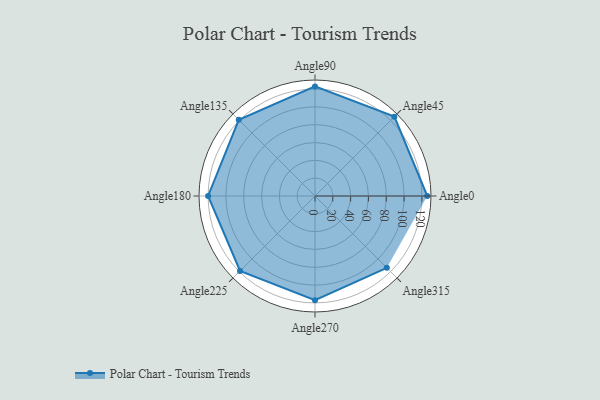
{"axis": {"x": "Angle", "y": "Radius"}, "legend": [""], "data": [{"x": "Angle0", "y": 126.0, "type": ""}, {"x": "Angle45", "y": 126.0, "type": ""}, {"x": "Angle90", "y": 123.0, "type": ""}, {"x": "Angle135", "y": 121.0, "type": ""}, {"x": "Angle180", "y": 120.0, "type": ""}, {"x": "Angle225", "y": 119.0, "type": ""}, {"x": "Angle270", "y": 117.0, "type": ""}, {"x": "Angle315", "y": 114.0, "type": ""}]}